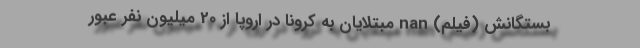
بستگانش (فیلم) nan مبتلایان به کرونا در اروپا از 20 میلیون نفر عبور